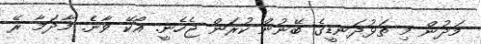
މަދުން މި ތަޅުދަނޑީގެ ބޭނުން ކުރަން ޖެހެނީ. އޯކޭ ވާނެ. މާދަމާ ރޭ